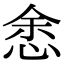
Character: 悆